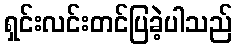
ရှင်းလင်းတင်ပြခဲ့ပါသည်